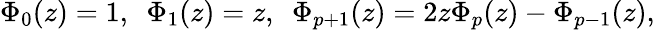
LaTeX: \Phi_{0}(z)=1,\ \ \Phi_{1}(z)=z,\ \ \Phi_{p+1}(z)=2z\Phi_{p}(z)-\Phi_{p-1}(z),